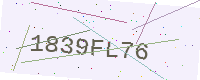
Text: 1839FL76